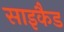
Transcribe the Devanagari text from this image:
साइकैड